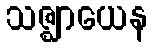
သဇ္ဈာယေန